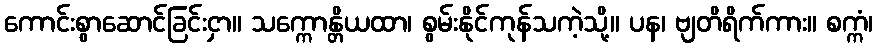
ကောင်းစွာဆောင်ခြင်းငှာ။ သက္ကောန္တိယထာ၊ စွမ်းနိုင်ကုန်သကဲ့သို့။ ပန၊ ဗျတိရိက်ကား။ စက္ကံ၊